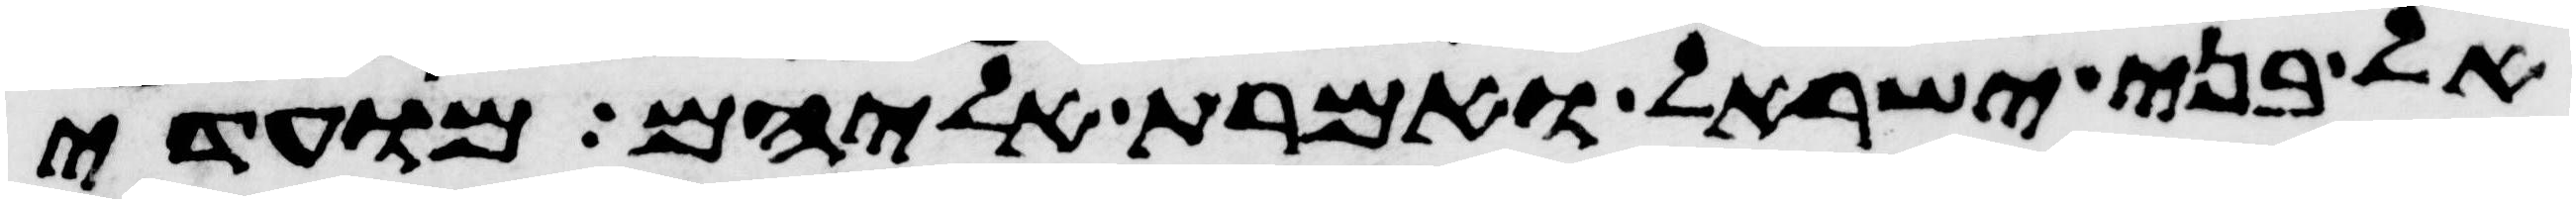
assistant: אל בני ישראל ואמרת אליהם מועדי